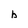
Character: b